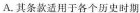
A. 其条款适用于各个历史时期